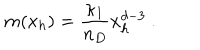
LaTeX: m ( x _ { h } ) = \frac { \kappa _ { 1 } } { n _ { D } } x _ { h } ^ { d - 3 } \ .